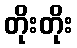
တိုးတိုး